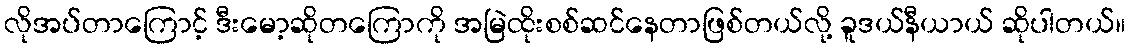
လိုအပ်တာကြောင့် ဒီးမော့ဆိုတကြောကို အမြဲထိုးစစ်ဆင်နေတာဖြစ်တယ်လို့ ခူဒယ်နီယာယ် ဆိုပါတယ်။